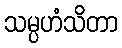
သမ္ပဟံသိတာ